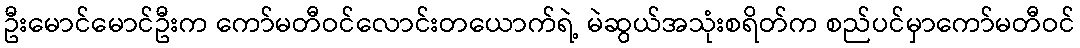
ဦးမောင်မောင်ဦးက ကော်မတီဝင်လောင်းတယောက်ရဲ့ မဲဆွယ်အသုံးစရိတ်က စည်ပင်မှာကော်မတီဝင်